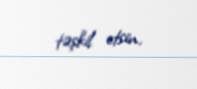
təşkil etsin.